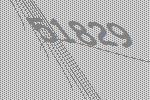
51829